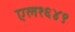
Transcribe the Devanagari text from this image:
एल१६४९